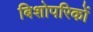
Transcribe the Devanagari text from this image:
बिशोपरिकों